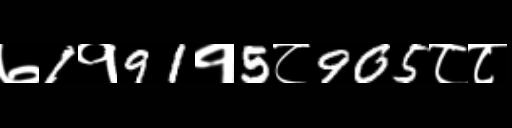
Text: ७1१91१5८905८८